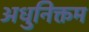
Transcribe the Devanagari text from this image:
अधुनिक्तम